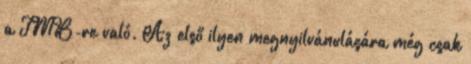
a TMB-re való. Az első ilyen megnyilvánulására még csak